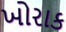
ખોરાક